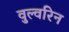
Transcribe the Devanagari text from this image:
वुल्वरिन